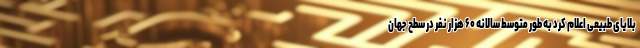
بلایای طبیعی اعلام کرد به طور متوسط سالانه ۶۰ هزار نفر در سطح جهان